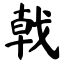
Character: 戟